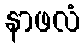
နာဖလံ